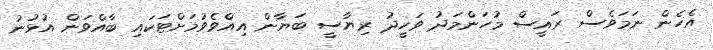
އެހެން ނަމަވެސް ރައީސް މުހަންމަދު ވަހީދު ރިޔާސީ ބަޔާން އިއްވެވުމަށްޓަކައި ބާއްވަން އުޅުނު